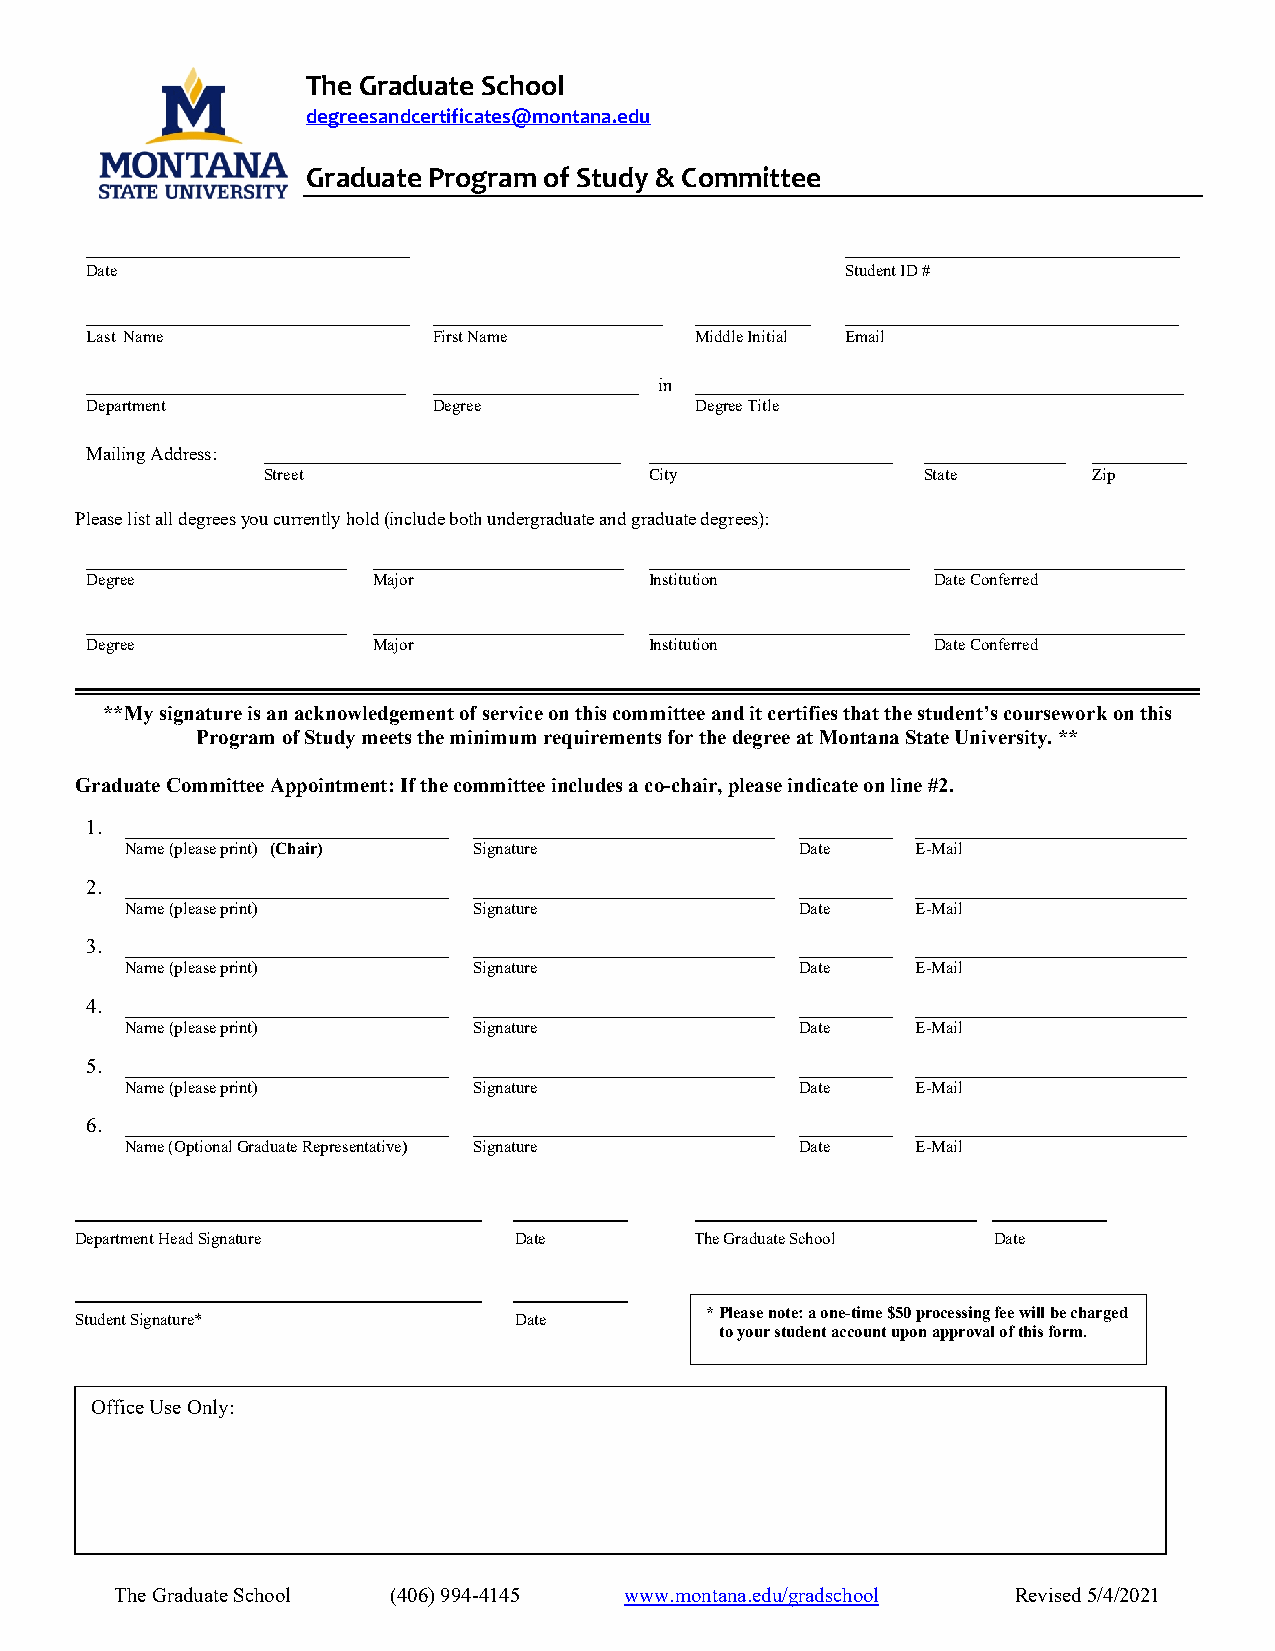
The Graduate School
 degreesandcertificates@montana.edu
 Graduate Program of Study & Committee
 _______________________________                   ________________________________
 Date                                              Student ID #
 _______________________________ ______________________ ___________ ________________________________
 Last Name              First Name       Middle Initial Email
 __________________________________ ______________________ in ____________________________________________________
 Department             Degree           Degree Title
 Mailing Address: ______________________________________ __________________________ _______________ __________
 Street                    City              State      Zip
 Please list all degrees you currently hold (include both undergraduate and graduate degrees):
 _________________________ ________________________ _________________________ ________________________
 Degree             Major             Institution        Date Conferred
 _________________________ ________________________ _________________________ ________________________
 Degree             Major             Institution        Date Conferred
 **My signature is an acknowledgement of service on this committee and it certifies that the student’s coursework on this
 Program of Study meets the minimum requirements for the degree at Montana State University. **
 Graduate Committee Appointment: If the committee includes a co-chair, please indicate on line #2.
 1. _______________________________ _____________________________ _________ __________________________
 Name (please print) (Chair) Signature        Date    E-Mail
 2. _______________________________ _____________________________ _________ __________________________
 Name (please print)    Signature             Date    E-Mail
 3. _______________________________ _____________________________ _________ __________________________
 Name (please print)    Signature             Date    E-Mail
 4. _______________________________ _____________________________ _________ __________________________
 Name (please print)    Signature             Date    E-Mail
 5. _______________________________ _____________________________ _________ __________________________
 Name (please print)    Signature             Date    E-Mail
 6. _______________________________ _____________________________ _________ __________________________
 Name (Optional Graduate Representative) Signature Date E-Mail
 _______________________________________ ___________ ___________________________ ___________
 Department Head Signature    Date        The Graduate School Date
 _______________________________________ ___________
 * Please note: a one-time $50 processing fee will be charged
 Student Signature*           Date
 to your student account upon approval of this form.
 Office Use Only:
 The Graduate School (406) 994-4145 www.montana.edu/gradschool Revised 5/4/2021